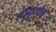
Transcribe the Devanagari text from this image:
वॉटरशेड